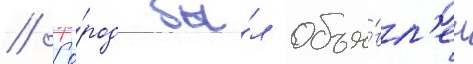
// Го́род бы́л объя́вл'ен